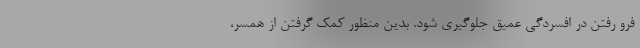
فرو رفتن در افسردگی عمیق جلوگیری شود. بدین منظور کمک گرفتن از همسر،‌